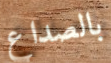
بالصداع